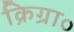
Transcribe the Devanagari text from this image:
क्रिग्रा०